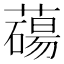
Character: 𦿆